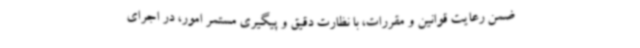
ضمن رعایت قوانین و مقررات، با نظارت دقیق و پیگیری مستمر امور، در اجرای